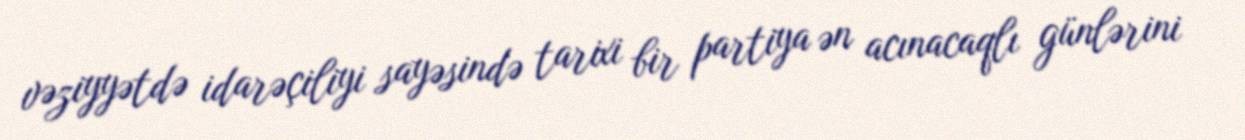
vəziyyətdə idarəçiliyi sayəsində tarixi bir partiya ən acınacaqlı günlərini